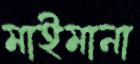
মাইমানা